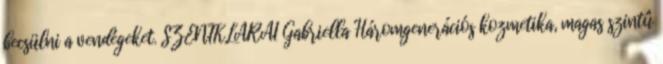
becsülni a vendégeket. SZENTKLÁRAI Gabriella Háromgenerációs kozmetika, magas szintû